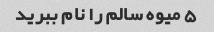
5 میوه سالم را نام ببرید